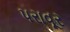
પરાવૂર